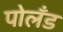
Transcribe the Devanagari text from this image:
पोलँड